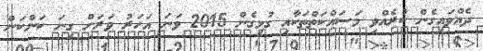
ދެއްވައިގެން ކުރެއްވި މަސައްކަތްތަކާއި ގުޅިގެން 2015 ވަނަ އަހަރު ވަރަށް ގިނަ ކަންކަން